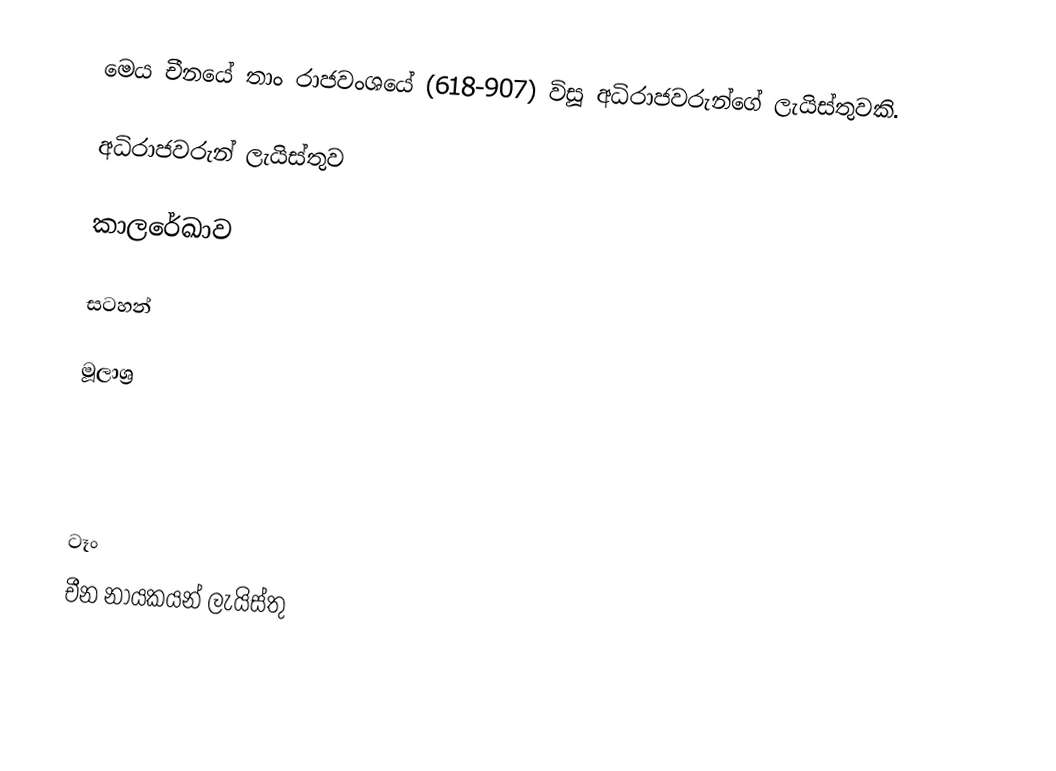
මෙය චීනයේ තාං රාජවංශයේ (618-907) විසූ අධිරාජවරුන්ගේ ලැයිස්තුවකි.

අධිරාජවරුන් ලැයිස්තුව

කාලරේඛාව

සටහන්

මූලාශ්‍ර

ටෑං
චීන නායකයන් ලැයිස්තු